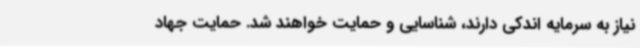
نیاز به سرمایه اندکی دارند، شناسایی و حمایت خواهند شد. حمایت جهاد